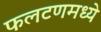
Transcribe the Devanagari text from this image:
फलटणमध्ये